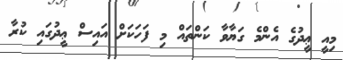
މިއީ ޢީދުގެ އެންމެ ގަޔާވާ ކަންތައް މި ފަހަކަށް އައިސް ޢީދުގައި ކުރާ